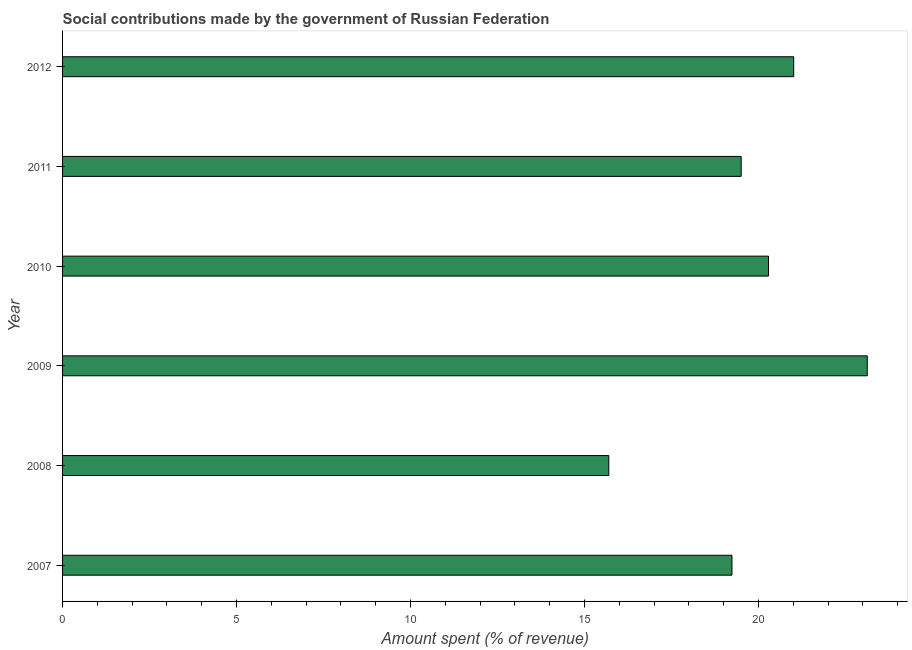
| Year | Social contributions |
 | --- | --- |
 | 2007 | 19.2 |
 | 2008 | 15.7 |
 | 2009 | 23.1 |
 | 2010 | 20.3 |
 | 2011 | 19.5 |
 | 2012 | 21 |